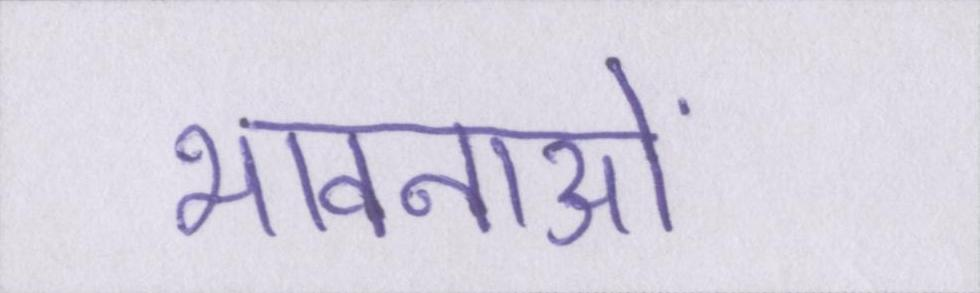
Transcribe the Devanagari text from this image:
भावनाओं